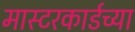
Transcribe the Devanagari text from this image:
मास्टरकार्डच्या